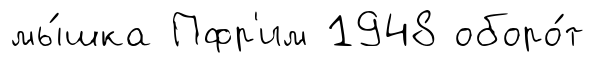
мы́шка Пфр'им 1948 оборо́т